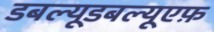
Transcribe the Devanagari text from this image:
डबल्यूडबल्यूएफ़